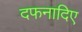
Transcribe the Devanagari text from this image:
दफनादिए